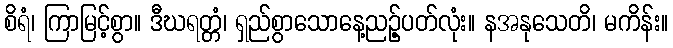
စိရံ၊ ကြာမြင့်စွာ။ ဒီဃရတ္တံ၊ ရှည်စွာသောနေ့ညဉ့်ပတ်လုံး။ နအနုသေတိ၊ မကိန်း။